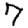
Digit: 7